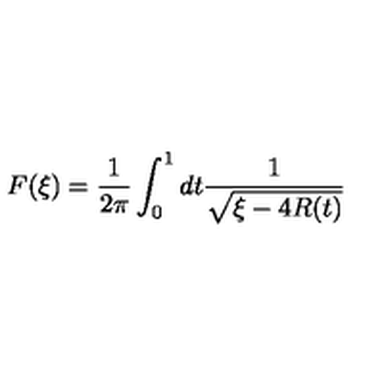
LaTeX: F ( \xi ) = \frac { 1 } { 2 \pi } \int _ { 0 } ^ { 1 } d t \frac { 1 } { \sqrt { \xi - 4 R ( t ) } }